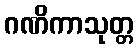
ဂဏိကာသုတ္တ